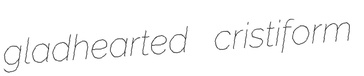
gladhearted cristiform